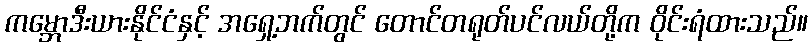
ကမ္ဘောဒီးယားနိုင်ငံနှင့် အရှေ့ဘက်တွင် တောင်တရုတ်ပင်လယ်တို့က ဝိုင်းရံထားသည်။